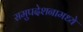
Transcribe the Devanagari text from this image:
समुपदेशनामध्ये